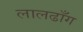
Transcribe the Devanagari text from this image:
लालढाँग